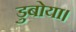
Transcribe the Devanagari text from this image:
डुबोया।